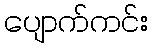
ပျောက်ကင်း